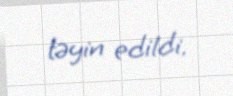
təyin edildi.